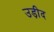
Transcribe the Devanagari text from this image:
उड़ीद